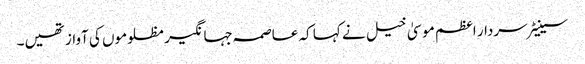
سینیٹر سردار اعظم موسیٰ خیل نے کہا کہ عاصمہ جہانگیر مظلوموں کی آواز تھیں۔